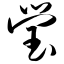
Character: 莹